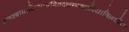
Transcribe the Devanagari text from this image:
कन्दश्यामाभिरामप्रथितदशरथब्रह्मविद्याविलासिन्